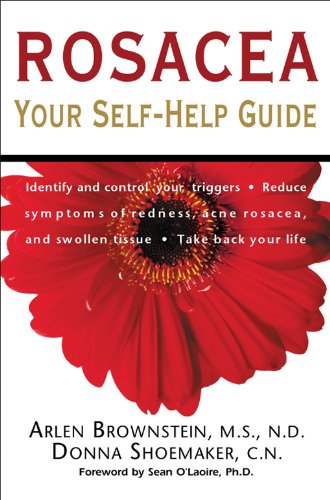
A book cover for Rosacea: Your Self-Help Guide; M.S., N.D. Arlen Brownstein; Health, Fitness & Dieting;